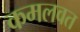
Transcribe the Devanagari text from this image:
कमलवत